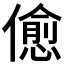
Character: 𠏚